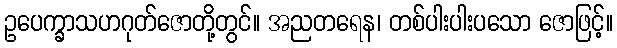
ဥပေက္ခာသဟဂုတ်ဇောတို့တွင်။ အညတရေန၊ တစ်ပါးပါးပသော ဇောဖြင့်။